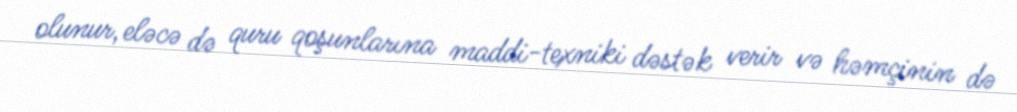
olunur, eləcə də quru qoşunlarına maddi-texniki dəstək verir və həmçinin də